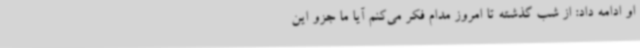
او ادامه داد: از شب گذشته تا امروز مدام فکر می‌کنم آیا ما جزو این